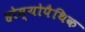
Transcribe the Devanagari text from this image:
होम्‍योपैथिक